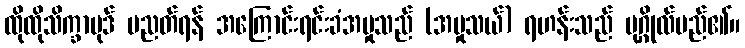
ထိုထိုသိက္ခာပုဒ် ပညတ်ရန် အကြောင်းရင်းခံအမှုသည် (အမှုသယ်) ရဟန်းသည် ပုဂ္ဂိုလ်မည်၏။